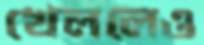
খেললেও